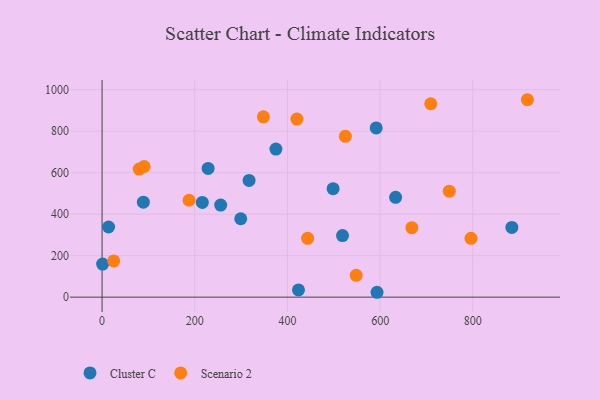
{"axis": {"x": "Price", "y": "Profit"}, "legend": ["Cluster C", "Scenario 2"], "data": [{"x": "1.2", "y": 159.6, "type": "Cluster C"}, {"x": "299.2", "y": 377.8, "type": "Cluster C"}, {"x": "633.4", "y": 480.9, "type": "Cluster C"}, {"x": "593.3", "y": 23.5, "type": "Cluster C"}, {"x": "423.8", "y": 35.0, "type": "Cluster C"}, {"x": "14.0", "y": 338.0, "type": "Cluster C"}, {"x": "317.2", "y": 562.5, "type": "Cluster C"}, {"x": "498.5", "y": 522.8, "type": "Cluster C"}, {"x": "228.8", "y": 620.4, "type": "Cluster C"}, {"x": "255.9", "y": 443.9, "type": "Cluster C"}, {"x": "89.1", "y": 457.8, "type": "Cluster C"}, {"x": "884.2", "y": 336.2, "type": "Cluster C"}, {"x": "375.1", "y": 713.5, "type": "Cluster C"}, {"x": "591.5", "y": 815.8, "type": "Cluster C"}, {"x": "216.3", "y": 456.7, "type": "Cluster C"}, {"x": "518.8", "y": 296.9, "type": "Cluster C"}, {"x": "525.0", "y": 775.0, "type": "Scenario 2"}, {"x": "348.1", "y": 869.0, "type": "Scenario 2"}, {"x": "709.2", "y": 932.2, "type": "Scenario 2"}, {"x": "443.5", "y": 283.6, "type": "Scenario 2"}, {"x": "796.0", "y": 283.4, "type": "Scenario 2"}, {"x": "25.1", "y": 174.8, "type": "Scenario 2"}, {"x": "80.1", "y": 617.2, "type": "Scenario 2"}, {"x": "548.4", "y": 105.4, "type": "Scenario 2"}, {"x": "90.7", "y": 629.6, "type": "Scenario 2"}, {"x": "917.7", "y": 951.5, "type": "Scenario 2"}, {"x": "668.4", "y": 335.0, "type": "Scenario 2"}, {"x": "187.7", "y": 467.0, "type": "Scenario 2"}, {"x": "420.4", "y": 858.4, "type": "Scenario 2"}, {"x": "749.2", "y": 510.8, "type": "Scenario 2"}]}